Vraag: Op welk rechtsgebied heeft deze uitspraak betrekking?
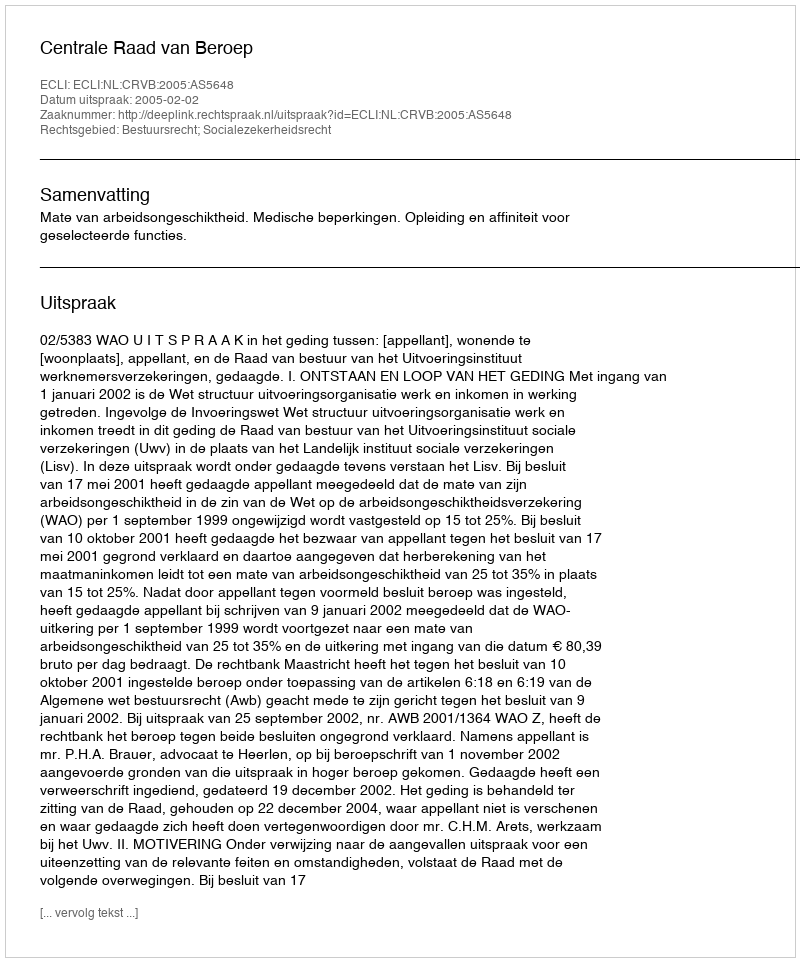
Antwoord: Bestuursrecht; Socialezekerheidsrecht